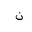
Letter: _non